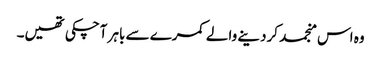
وہ اس منجمد کردینے والے کمرے سے باہر آچکی تھیں۔